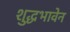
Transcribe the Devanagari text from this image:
शुद्धभावेन